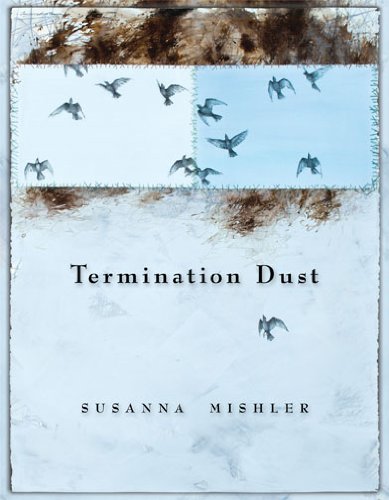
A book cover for Termination Dust; Susanna Mishler; Gay & Lesbian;